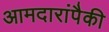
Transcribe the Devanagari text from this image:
आमदारांपैकी